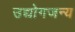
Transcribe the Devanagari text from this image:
उद्योगजन्य